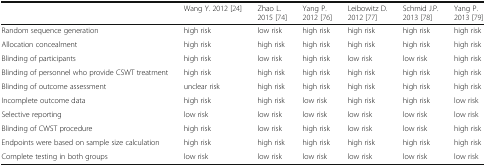
|  | Wang Y. 2012 [24] | Zhao L. 2015 [74] | Yang P. 2012 [76] | Leibowitz D. 2012 [77] | Schmid J.P. 2013 [78] | Yang P. 2013 [79] |
 | --- | --- | --- | --- | --- | --- | --- |
 | Random sequence generation | high risk | low risk | high risk | high risk | high risk | high risk |
 | Allocation concealment | high risk | high risk | high risk | high risk | high risk | high risk |
 | Blinding of participants | high risk | low risk | high risk | low risk | low risk | high risk |
 | Blinding of personnel who provide CSWT treatment | high risk | high risk | high risk | high risk | high risk | high risk |
 | Blinding of outcome assessment | unclear risk | high risk | high risk | high risk | high risk | high risk |
 | Incomplete outcome data | high risk | high risk | low risk | high risk | high risk | low risk |
 | Selective reporting | low risk | low risk | low risk | low risk | low risk | low risk |
 | Blinding of CWST procedure | high risk | low risk | high risk | low risk | low risk | high risk |
 | Endpoints were based on sample size calculation | high risk | high risk | high risk | high risk | high risk | high risk |
 | Complete testing in both groups | low risk | low risk | low risk | low risk | low risk | low risk |